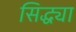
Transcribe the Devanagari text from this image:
सिद्ध्या